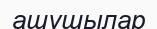
ашушылар